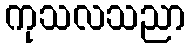
ကုသလသညာ